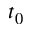
t _ { 0 }